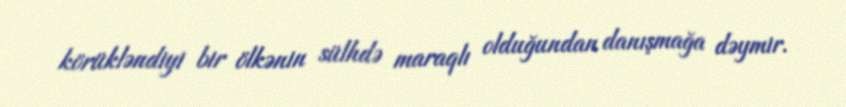
körükləndiyi bir ölkənin sülhdə maraqlı olduğundan danışmağa dəymir.